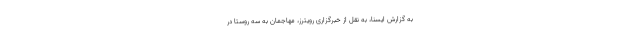
به گزارش ایسنا، به نقل از خبرگزاری رویترز، مهاجمان به سه روستا در